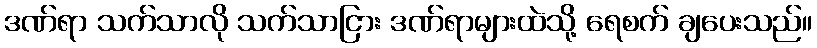
ဒဏ်ရာ သက်သာလို သက်သာငြား ဒဏ်ရာများထဲသို့ ရေစက် ချပေးသည်။